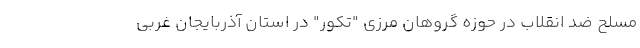
مسلح ضد انقلاب در حوزه گروهان مرزی "تکور" در استان آذربایجان غربی